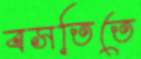
বসতিতে